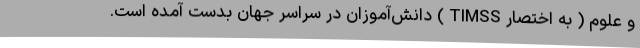
و علوم ( به اختصار TIMSS ) دانش‌آموزان در سراسر جهان بدست آمده است.